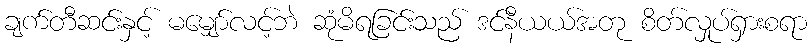
ချက်တီဆင်းနှင့် မမျှော်လင့်ဘဲ ဆုံမိရခြင်းသည် ဒင်နီယယ်အတု စိတ်လှုပ်ရှားစရာ